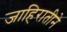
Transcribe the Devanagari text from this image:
जाहिरातीने